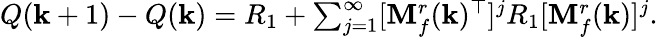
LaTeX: Q(\mathbf{k}+1)-Q(\mathbf{k})=R_{1}+\textstyle\sum_{j=1}^{\infty}[\mathbf{M}_{f}^{r}(\mathbf{k})^{\top}]^{j}R_{1}[\mathbf{M}_{f}^{r}(\mathbf{k})]^{j}.